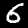
Label: 6